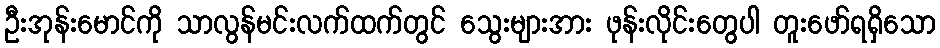
ဦးအုန်းမောင်ကို သာလွန်မင်းလက်ထက်တွင် သွေးများအား ဖုန်းလိုင်းတွေပါ တူးဖော်ရရှိသော